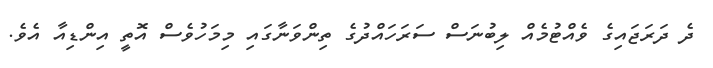
ދެ ދަރަޖައިގެ ވެއްޓުމެއް ލިބުނަސް ސަރަހައްދުގެ ތިންވަނާގައި މިމަހުވެސް އޮތީ އިންޑިއާ އެވެ.